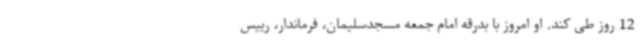
12 روز طی کند. او امروز با بدرقه امام جمعه مسجدسلیمان، فرماندار، رییس